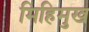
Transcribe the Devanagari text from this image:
मिहिमुख